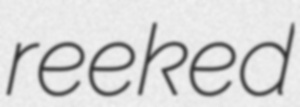
reeked